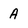
Character: A